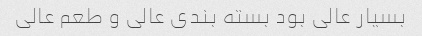
بسیار عالی بود بسته بندی عالی و طعم عالی